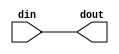
// This program was cloned from: https://github.com/mustafabbas/ECE1373_2016_hft_on_fpga
// License: MIT License

// ==============================================================
// File generated by Vivado(TM) HLS - High-Level Synthesis from C, C++ and SystemC
// Version: 2015.1
// Copyright (C) 2015 Xilinx Inc. All rights reserved.
// 
// ==============================================================

`timescale 1ns/1ps

module udp_ap_rst_if
#(parameter
    RESET_ACTIVE_LOW = 0
)(
    input  wire din,
    output wire dout
);

assign dout = (RESET_ACTIVE_LOW == 1)? ~din : din;

endmodule